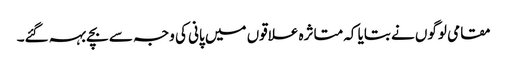
مقامی لوگوں نے بتایا کہ متاثرہ علاقوں میں پانی کی وجہ سے بچے بہہ گئے۔